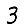
Digit: 3